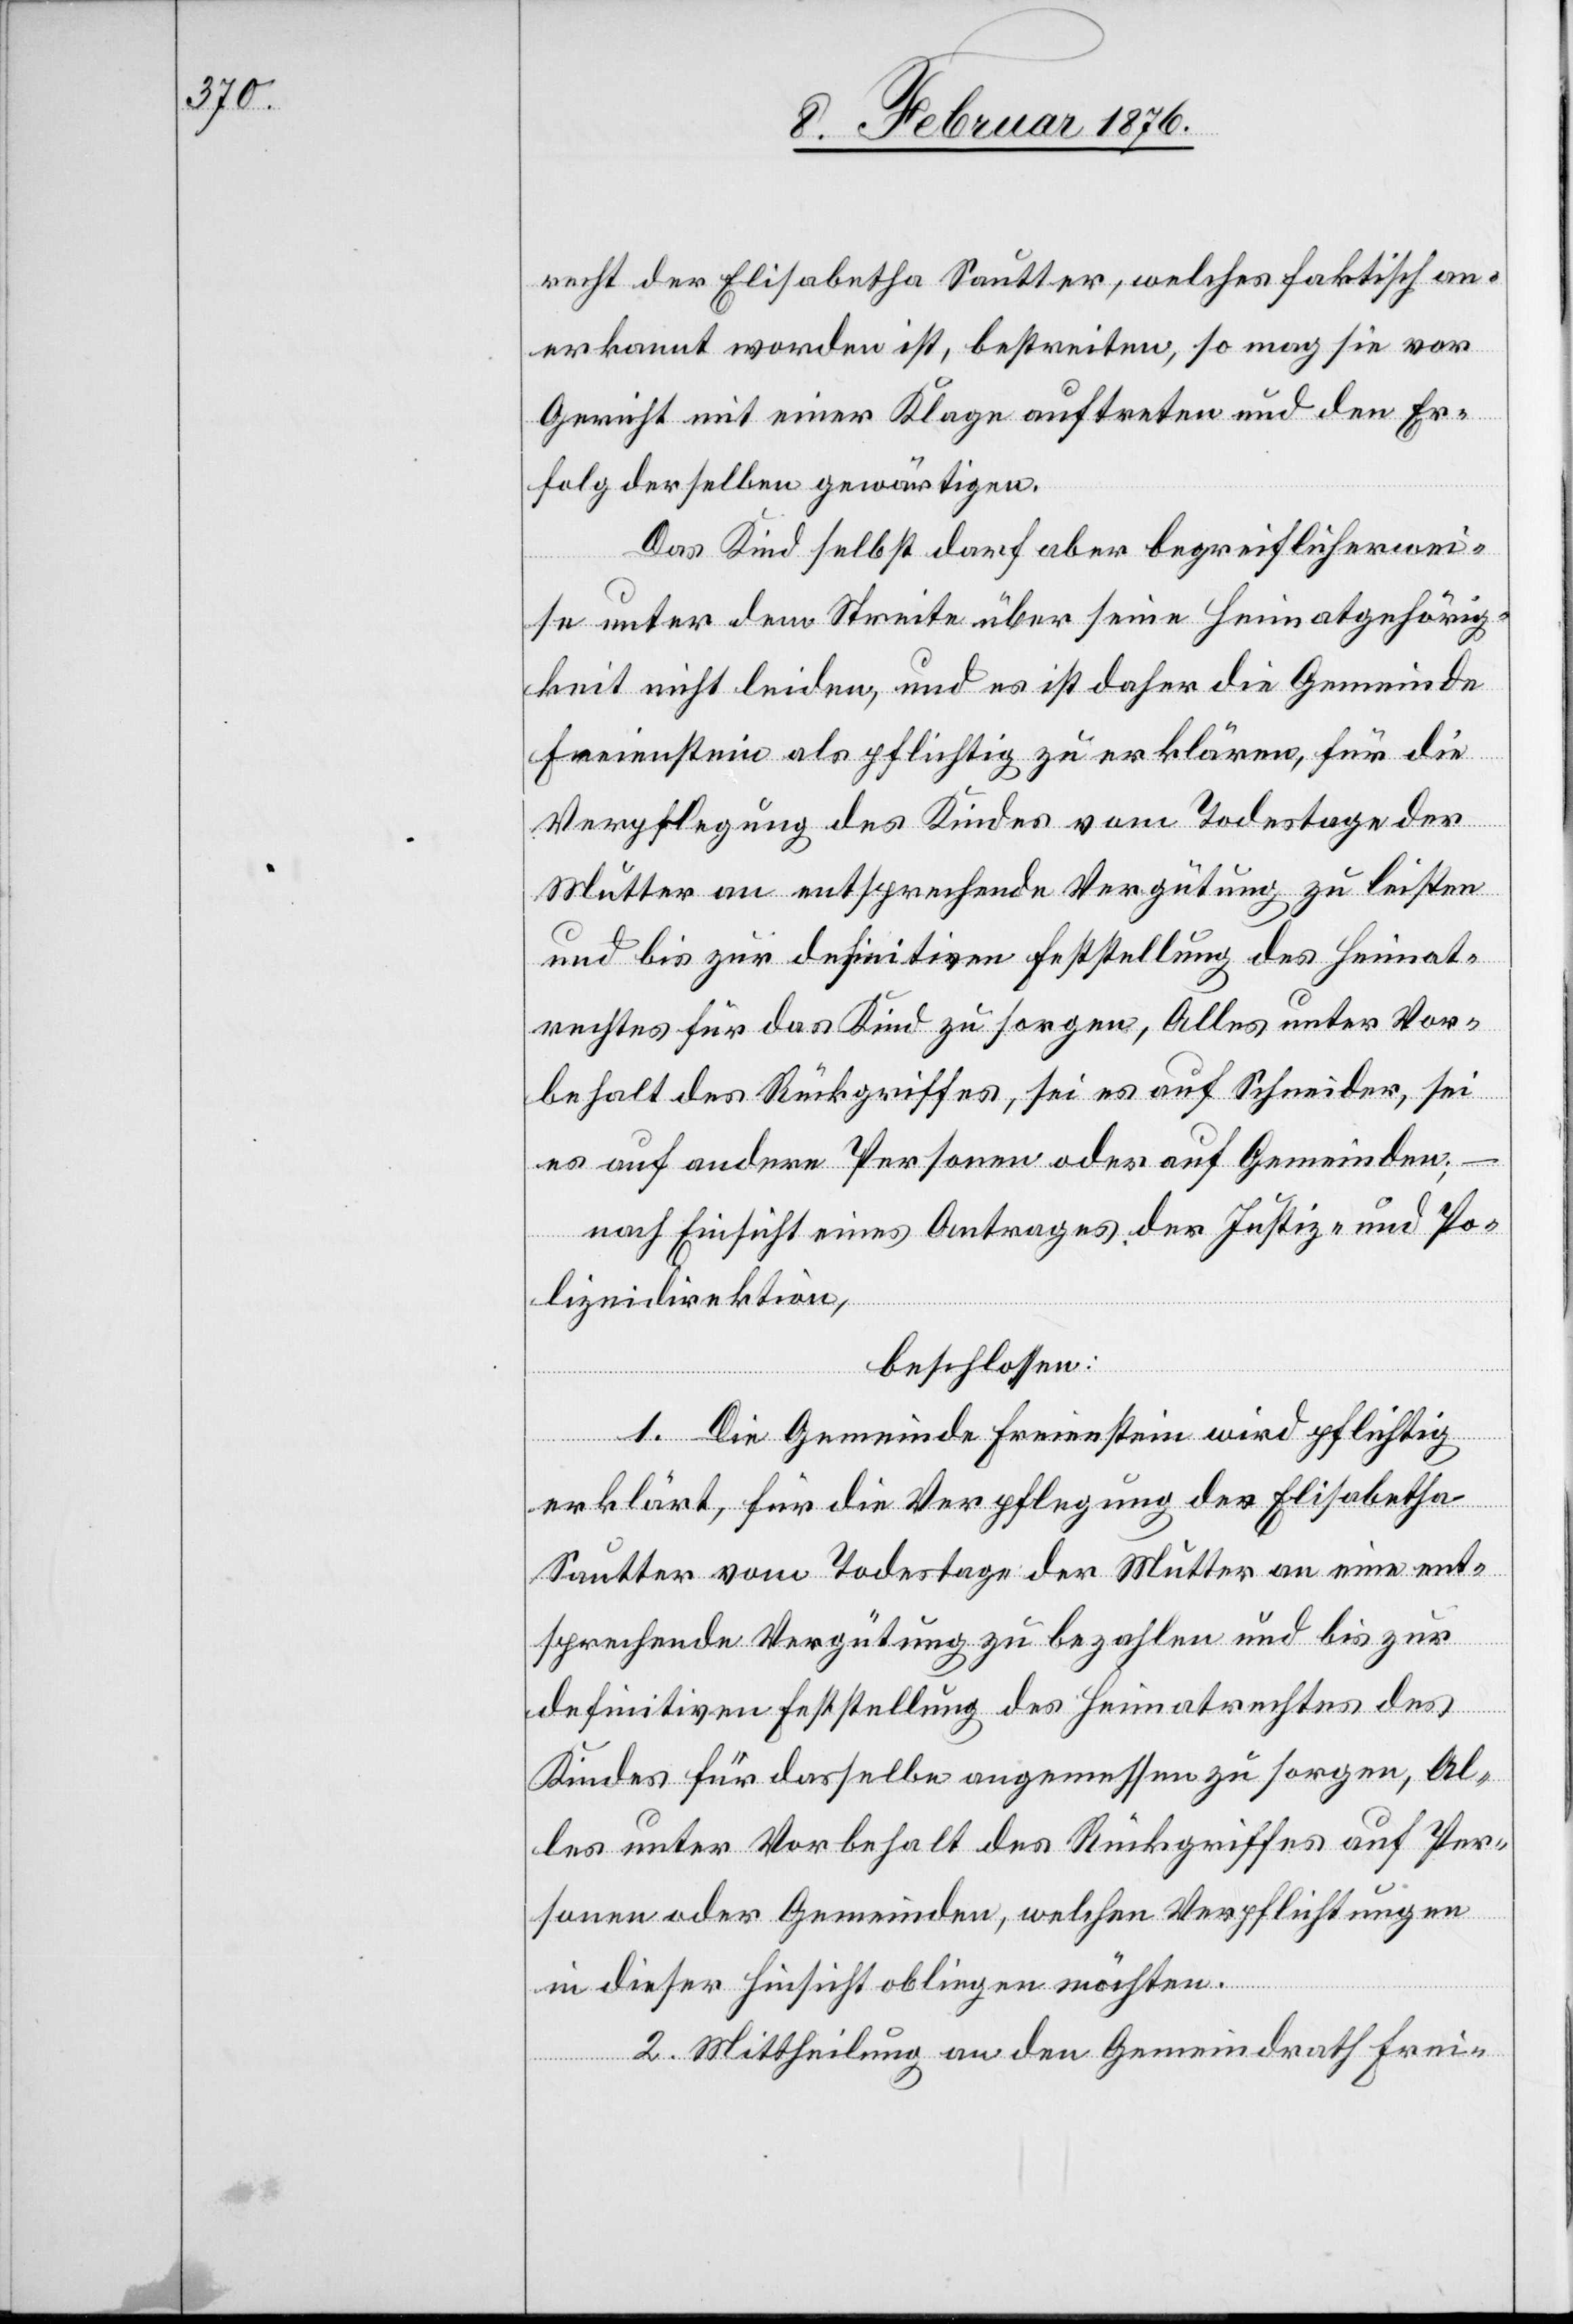
recht der Elisabetha Sautter, welches faktisch an¬
erkannt worden ist, bestreiten, so mag sie vor
Gericht mit einer Klage auftreten und den Er¬
folg derselben gewärtigen.
Das Kind selbst darf aber begreiflicherwei¬
se unter dem Streite über seine Heimatgehörig¬
keit nicht leiden, und es ist daher die Gemeinde
Freienstein als pflichtig zu erklären, für die
Verpflegung des Kindes vom Todestage der
Mutter an entsprechende Vergütung zu leisten
und bis zur definitiven Feststellung des Heimat¬
rechtes für das Kind zu sorgen, Alles unter Vor¬
behalt des Rückgriffes, sei es auf Schneider, sei
es auf andern Personen oder auf Gemeinden;
nach Einsicht eines Antrages der Justiz- und Po¬
lizeidirektion,
beschlossen:
1. Die Gemeinde Freienstein wird pflichtig
erklärt, für die Verpflegung der Elisabetha
Sautter vom Todestage der Mutter an eine ent¬
sprechende Vergütung zu bezahlen und bis zur
definitiven Feststellung des Heimatrechtes des
Kindes für dasselbe angemessen zu sorgen, Al¬
les unter Vorbehalt des Rückgriffes auf Per¬
sonen oder Gemeinden, welchen Verpflichtungen
in dieser Hinsicht obliegen möchten.
2. Mittheilung an den Gemeindrath Frei-